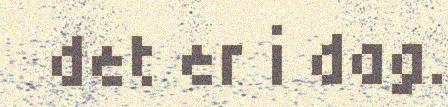
det er i dag.